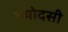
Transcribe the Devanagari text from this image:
त्रयोदसी